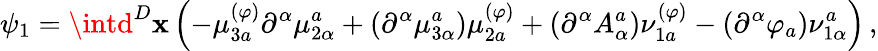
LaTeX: \psi_{1}=\intd^{D}\mathbf{x}\left(-\mu_{3a}^{(\varphi)}\partial^{\alpha}\mu_{2\alpha}^{a}+\left(\partial^{\alpha}\mu_{3\alpha}^{a}\right)\mu_{2a}^{(\varphi)}+\left(\partial^{\alpha}A_{\alpha}^{a}\right)\nu_{1a}^{(\varphi)}-\left(\partial^{\alpha}\varphi_{a}\right)\nu_{1\alpha}^{a}\right)\, ,